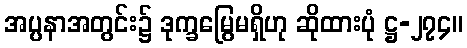
အပ္ပနာအတွင်း၌ ဒုက္ခမြွေမရှိဟု ဆိုထားပုံ ဋ္ဌ-၂၇၄။